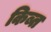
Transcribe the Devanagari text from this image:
किब्त